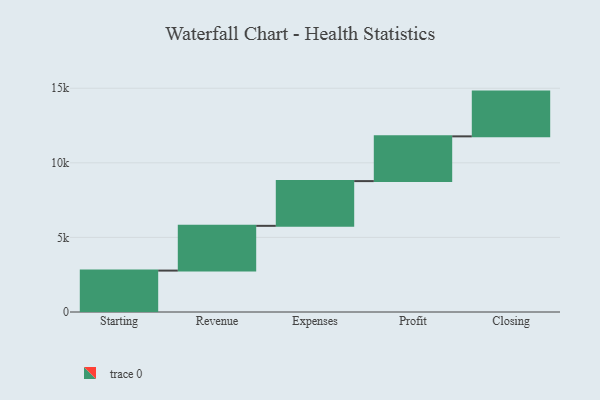
{"axis": {"x": "Step", "y": "Value"}, "legend": [""], "data": [{"x": "Starting", "y": 2776.0, "type": ""}, {"x": "Revenue", "y": 3000, "type": ""}, {"x": "Expenses", "y": 3000, "type": ""}, {"x": "Profit", "y": 3000, "type": ""}, {"x": "Closing", "y": 3000, "type": ""}]}